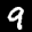
Label: 9